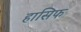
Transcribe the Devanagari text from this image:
हासिफ